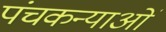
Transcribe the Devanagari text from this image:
पंचकन्याओं